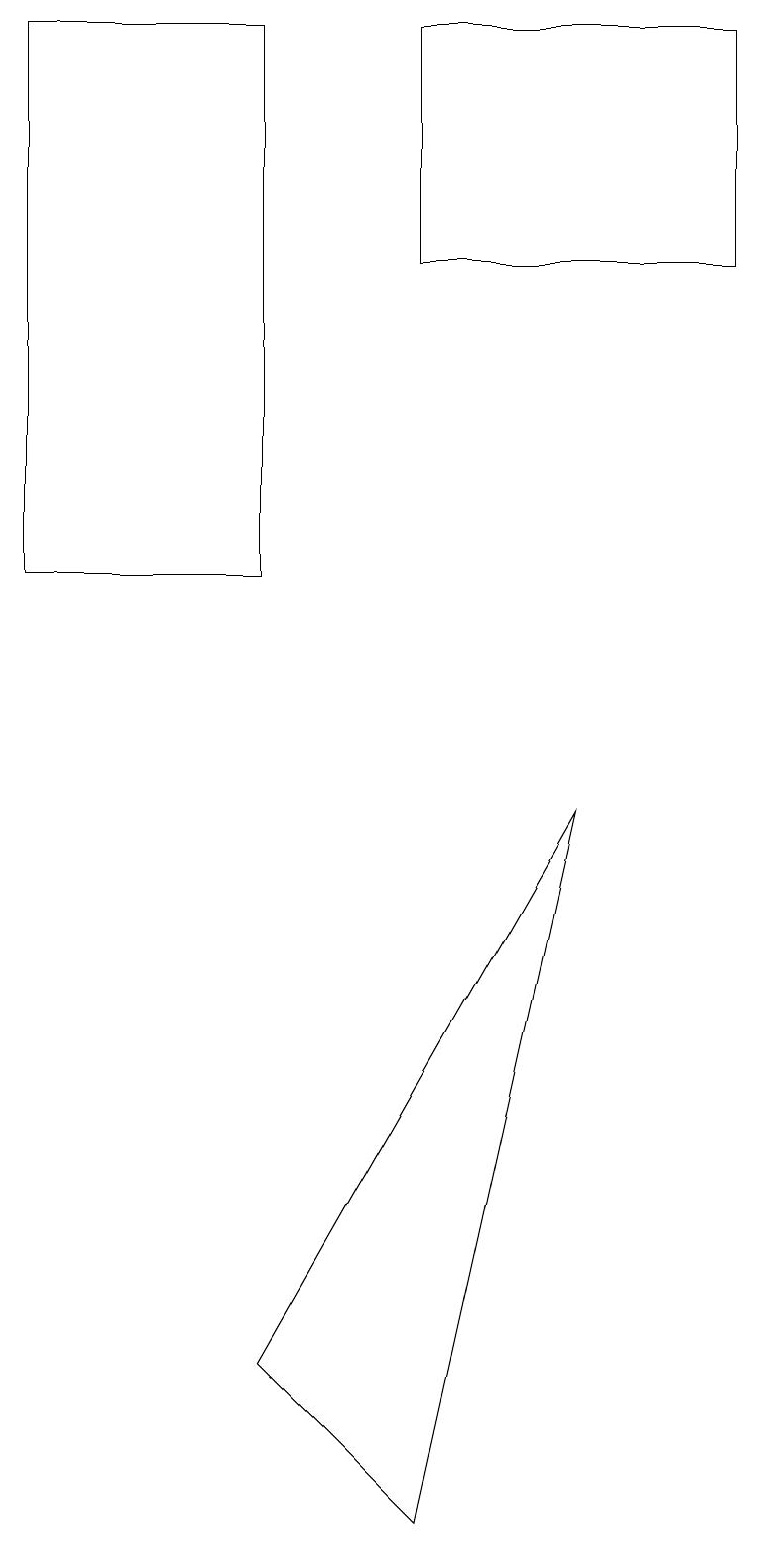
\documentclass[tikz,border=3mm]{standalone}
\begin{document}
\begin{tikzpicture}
\draw (7,9) -- (5,0) -- (3,2) -- cycle;
\draw (3,12) rectangle (0,19);
\draw (5,16) rectangle (9,19);
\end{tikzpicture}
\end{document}